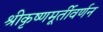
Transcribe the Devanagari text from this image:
श्रीकृष्णमूर्तीवर्णन